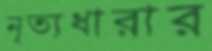
নৃত্যধারার